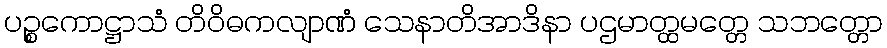
ပဉ္စကောဋ္ဌာသံ တိဝိဓကလျာဏံ သေနာတိအာဒိနာ ပဌမာတ္ထမတ္တေ သဘတ္တော